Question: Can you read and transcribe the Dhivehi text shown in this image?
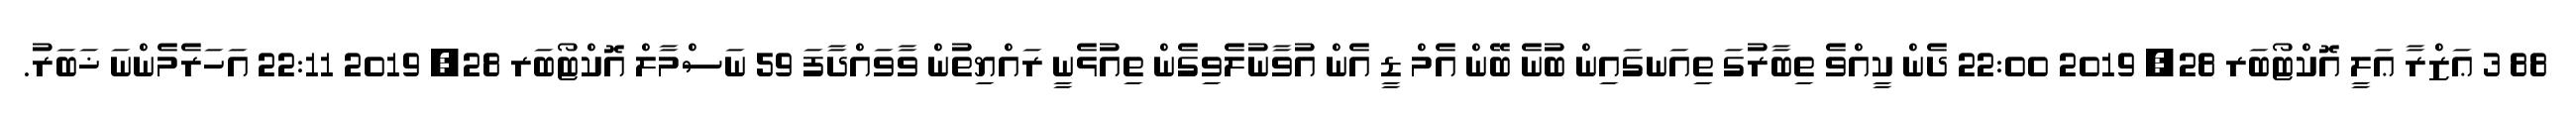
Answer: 88 3 ޢަޒްރާ ޢަލީ އޮކްޓޯބަރ 28, 2019 22:00 ދެން ކީއްވެ ތިބާރުގަ ތިއަނގައިން ބުނެ ބޭން އެމް ޑީ އެން އުވާނުލެވިގެން ތިއުޅެނީ ރައްޔިތުން ވާވައްދާފަ 59 ނަސްމާލް އޮކްޓޯބަރ 28, 2019 22:11 އަހަރެމެންނަ ޚަބަރު.